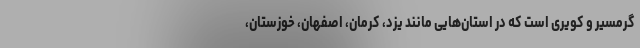
گرمسیر و کویری است که در استان‌هایی مانند یزد، کرمان، اصفهان، خوزستان،